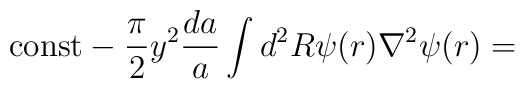
{\rm const} - \frac{ \pi}{2} y^2 \frac{ da }{ a} \int d^2 R \psi ( r )\nabla^2 \psi ( r )=